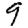
Digit: 9